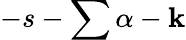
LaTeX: -s-\sum\alpha-\mathbf{k}